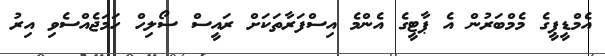
އެމްޑީޕީގެ މެމްބަރުން އެ ޕާޓީގެ އެންމެ އިސްފަރާތަކަށް ރައީސް ސޯލިހް ހަމަޖެއްސެވި އިރު